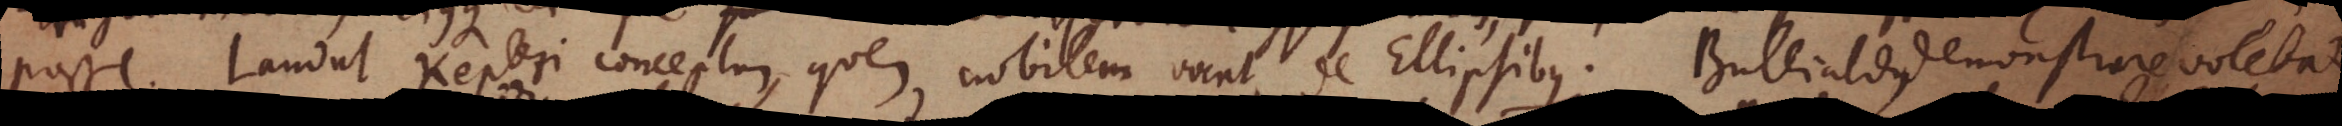
posse. Laudat Kepleri conceptum; quem nobilem vocat, de Ellipsibus. Bullialdus demonstare volebat